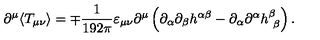
\partial ^ { \mu } \langle T _ { \mu \nu } \rangle = \mp \frac { 1 } { 1 9 2 \pi } \varepsilon _ { \mu \nu } \partial ^ { \mu } \left( \partial _ { \alpha } \partial _ { \beta } h ^ { \alpha \beta } - \partial _ { \alpha } \partial ^ { \alpha } h _ { \ \beta } ^ { \beta } \right) .